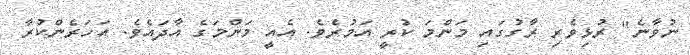
ނުވާނެ" ރުޅިވެރި ރާގުގައި މަންމަ ކުރީ އަމުރެވެ. އެއީ މަންމަގެ އާދައެވެ. އަހަރެންކުރާ